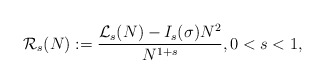
\begin{align*}\mathcal{R}_{s}(N):=\frac{\mathcal{L}_{s}(N)-I_{s}(\sigma) N^{2}}{N^{1+s}},0<s<1,\end{align*}